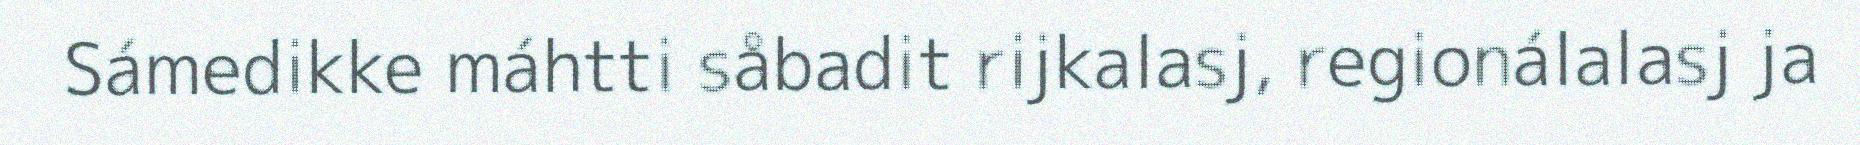
Sámedikke máhtti såbadit rijkalasj, regionálalasj ja